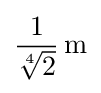
{\frac {1}{\sqrt[{4}]{2}}}\,\mathrm {m}